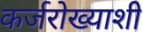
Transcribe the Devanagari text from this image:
कर्जरोख्याशी